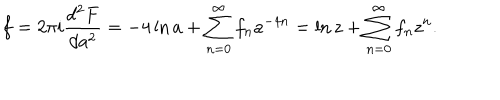
f = 2 \pi i \frac { d ^ { 2 } F } { d a ^ { 2 } } = - 4 \ln a + \sum _ { n = 0 } ^ { \infty } f _ { n } a ^ { - 4 n } = \ln z + \sum _ { n = 0 } ^ { \infty } f _ { n } z ^ { n } .